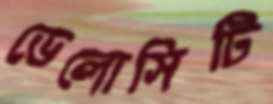
ভেলোসিটি